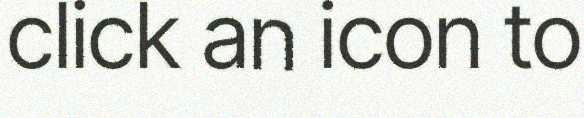
click an icon to